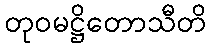
တုဝမဋ္ဌိတောသီတိ